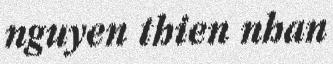
nguyen thien nhan